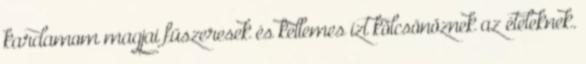
kardamom magjai fűszeresek és kellemes ízt kölcsönöznek az ételeknek.